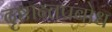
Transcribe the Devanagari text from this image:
दृष्टान्तप्रबोध